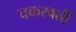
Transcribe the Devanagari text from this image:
चकरवर्ती